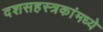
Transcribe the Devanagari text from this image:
दशसहस्त्रकांमध्ये